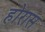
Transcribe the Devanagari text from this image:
होरास